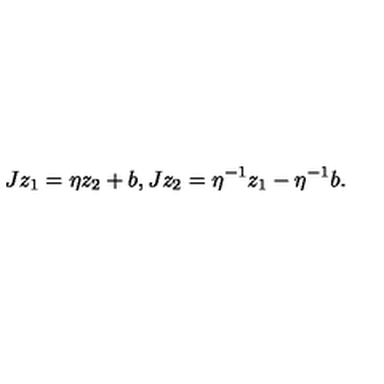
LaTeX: J z _ { 1 } = \eta z _ { 2 } + b , J z _ { 2 } = \eta ^ { - 1 } z _ { 1 } - \eta ^ { - 1 } b .